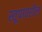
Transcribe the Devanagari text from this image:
स्तूपावरील